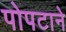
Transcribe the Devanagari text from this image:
पोपटाने